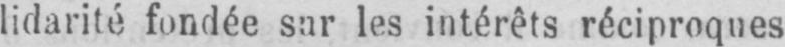
lidarité fondée sur les intérêts réciproques